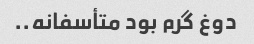
دوغ گرم بود متأسفانه..